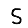
Digit: 5